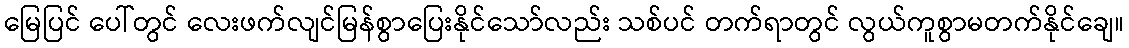
မြေပြင် ပေါ်တွင် လေးဖက်လျင်မြန်စွာပြေးနိုင်သော်လည်း သစ်ပင် တက်ရာတွင် လွယ်ကူစွာမတက်နိုင်ချေ။